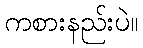
ကစားနည်းပဲ။